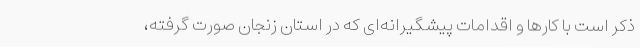
ذکر است با کارها و اقدامات پیشگیرانه‌ای که در استان زنجان صورت گرفته،